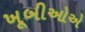
ખૂબીઓએ